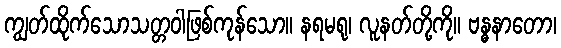
ကျွတ်ထိုက်သောသတ္တဝါဖြစ်ကုန်သော။ နရမရု၊ လူနတ်တို့ကို။ ဗန္ဓနာတော၊